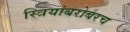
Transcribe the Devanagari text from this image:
स्त्रियांबरोबरच